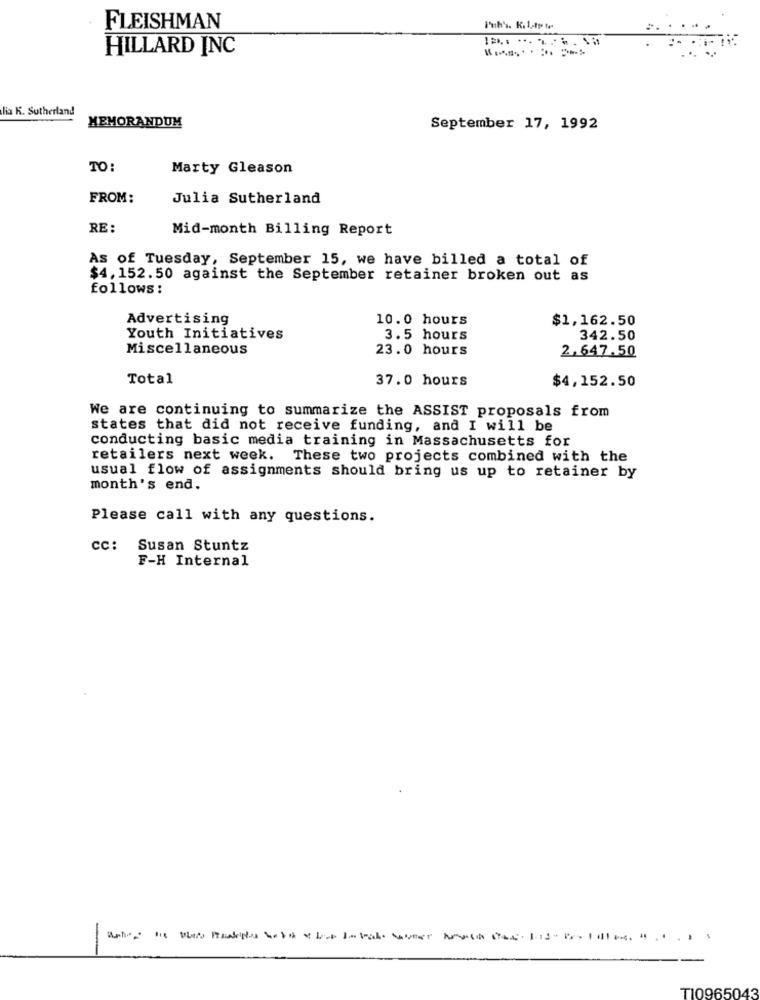
FLEISHMAN
HILLARD INC
lia K. Sutherland
MEMORANDUM
September 17, 1992
TO:
Marty Gleason
FROM:
Julia Sutherland
RE:
Mid-month Billing Report
As of Tuesday, September 15, we have billed a total of
$4, 152.50 against the September retainer broken out as
follows:
Advertising
10.0 hours
$1,162.50
Youth Initiatives
3.5 hours
342.50
Miscellaneous
23.0 hours
2.647.50
Total
37.0 hours
$4,152.50
We are continuing to summarize the ASSIST proposals from
states that did not receive funding, and I will be
conducting basic media training in Massachusetts for
retailers next week. These two projects combined with the
usual flow of assignments should bring us up to retainer by
month's end.
Please call with any questions.
cc: Susan Stuntz
F-H Internal
T10965043